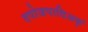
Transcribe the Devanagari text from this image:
तपोजपादिअक्ं